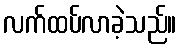
လက်ထပ်လာခဲ့သည်။